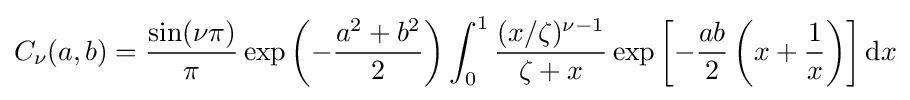
C_{\nu }(a,b)={\frac {\sin(\nu \pi )}{\pi }}\exp \left(-{\frac {a^{2}+b^{2}}{2}}\right)\int _{0}^{1}{\frac {(x/\zeta )^{\nu -1}}{\zeta +x}}\exp \left[-{\frac {ab}{2}}\left(x+{\frac {1}{x}}\right)\right]\mathrm {d} x